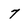
Character: 7